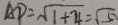
A P = \sqrt { 1 + 4 } = \sqrt { 5 }